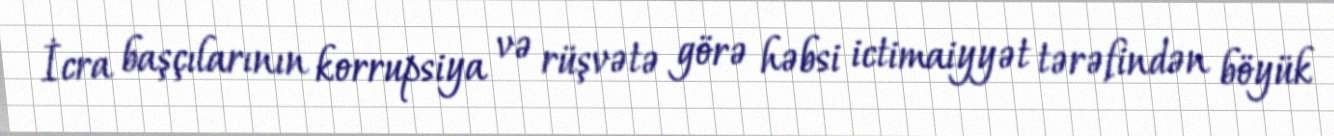
İcra başçılarının korrupsiya və rüşvətə görə həbsi ictimaiyyət tərəfindən böyük